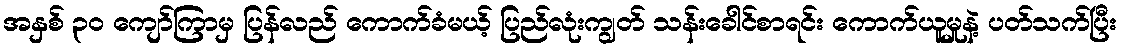
အနှစ် ၃၀ ကျော်ကြာမှ ပြန်လည် ကောက်ခံမယ့် ပြည်လုံးကျွတ် သန်းခေါင်စာရင်း ကောက်ယူမှုနဲ့ ပတ်သက်ပြီး